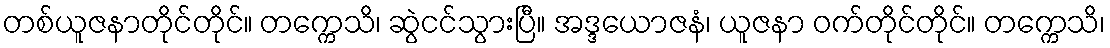
တစ်ယူဇနာတိုင်တိုင်။ တက္ကေသိ၊ ဆွဲငင်သွားပြီ။ အဒ္ဒယောဇနံ၊ ယူဇနာ ဝက်တိုင်တိုင်။ တက္ကေသိ၊